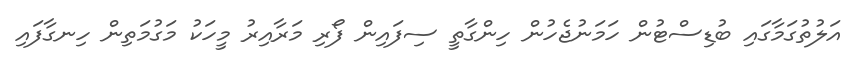
އަލުތުގަމާގައި ބުޑިސްޓުން ހަމަނުޖެހުން ހިންގާތީ ސިފައިން ފޯރި މަރާއިރު މީހަކު މަގުމަތިން ހިނގާފައި